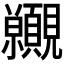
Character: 𧢪